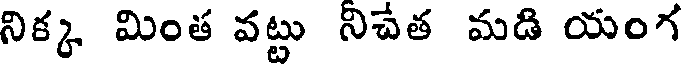
నిక్క మింత వట్టు నిచేత మడి యంగ